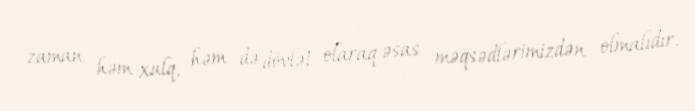
zaman həm xalq, həm də dövlət olaraq əsas məqsədlərimizdən olmalıdır.